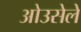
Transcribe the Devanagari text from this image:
ओउसेले